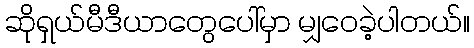
ဆိုရှယ်မီဒီယာတွေပေါ်မှာ မျှဝေခဲ့ပါတယ်။